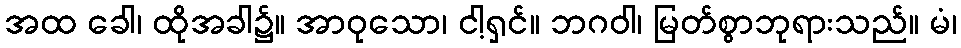
အထ ခေါ၊ ထိုအခါ၌။ အာဝုသော၊ ငါ့ရှင်။ ဘဂဝါ၊ မြတ်စွာဘုရားသည်။ မံ၊